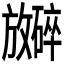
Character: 𪯞